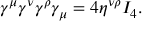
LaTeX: \gamma ^ { \mu } \gamma ^ { \nu } \gamma ^ { \rho } \gamma _ { \mu } = 4 \eta ^ { \nu \rho } I _ { 4 } .